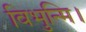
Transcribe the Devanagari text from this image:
विभुन्मि।